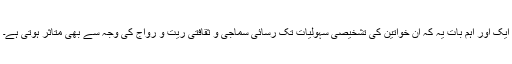
ایک اور اہم بات یہ کہ ان خواتین کی تشخیصی سہولیات تک رسائی سماجی و ثقافتی ریت و رواج کی وجہ سے بھی متاثر ہوتی ہے۔